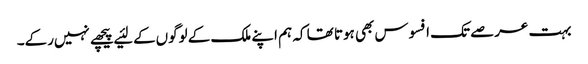
بہت عرصے تک افسوس بھی ہوتا تھا کہ ہم اپنے ملک کے لوگوں‌کے لئیے پیچھے نہیں‌رکے۔